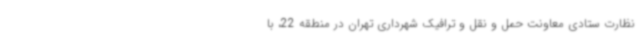
نظارت ستادی معاونت حمل و نقل و ترافیک شهرداری تهران در منطقه 22، با